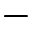
-